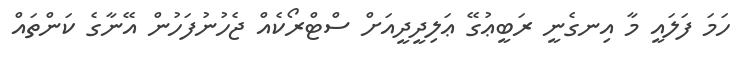
ހަމަ ފަލައީ މާ އިނގެނީ ރަބީޢުގޭ ޢަލިދީދީއަށް ސްޓްރޯކެއް ޖެހުނުފަހުން އޭނާގެ ކަންތައް